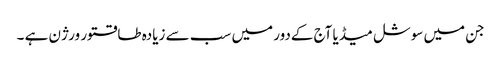
جن میں سوشل میڈیا آج کےدور میں سب سے زیادہ طاقتور ورژن ہے ۔